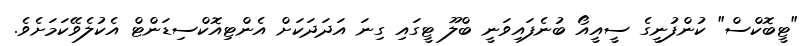
"ޓީބޮކްސް" ކުންފުނީގެ ސީއީއޯ ބުނެފައިވަނީ ބްލޫ ޓީގައި ގިނަ އަދަދަކަށް އެންޓިއޮކްސިޑަންޓް އެކުލެވޭކަމަށެވެ.